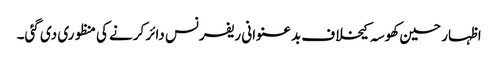
اظہار حسین کھوسہ کیخلاف بدعنوانی ریفرنس دائر کرنے کی منظوری دی گئی۔